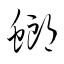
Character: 螂